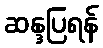
ဆန္ဒပြရန်